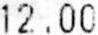
12.00